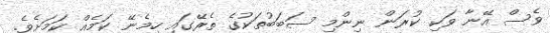
ވެސް އޭނާ ވަކި ކުރަން ނިންމި ސަބަބުތަކުގެ ތެރޭގައި ހިމެނޭ ކަމެއް ކަމަށެވެ.